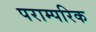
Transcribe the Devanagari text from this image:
पराम्परिक